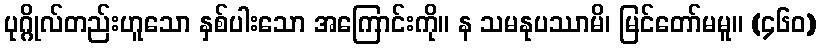
ပုဂ္ဂိုလ်တည်းဟူသော နှစ်ပါးသော အကြောင်းကို။ န သမနုပဿာမိ၊ မြင်တော်မမူ။ (၄၆၀)